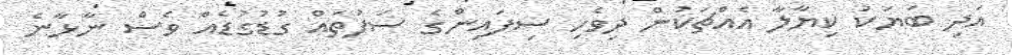
އަދި ބަޔަކު ކިޔާލާ އެއްޗަކުން ދިވެހި ސިފައިންގެ ސަފުތައް ގުޑުގުޑެއް ވެސް ނާޅާނެ